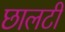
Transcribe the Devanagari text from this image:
छालटी